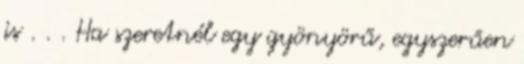
is . . . Ha szeretnél egy gyönyörű, egyszerűen